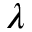
\lambda